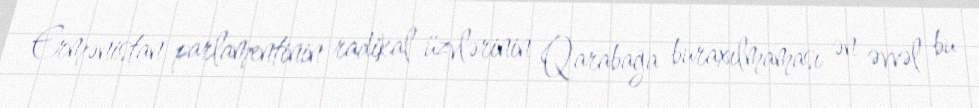
Ermənistan parlamentinin radikal üzvlərinin Qarabağa buraxılmaması ən əvvəl bu